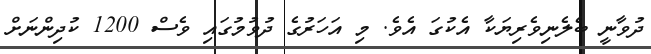
ދުވާނީ ބެލެނިވެރިޔަކާ އެކުގަ އެވެ. މި އަހަރުގެ ދުވުމުގައި ވެސް 1200 ކުދިންނަށް